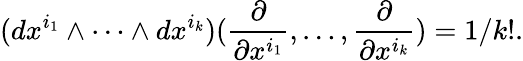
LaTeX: (dx^{i_{1}}\wedge\cdots\wedge dx^{i_{k}})({\frac{\partial}{\partial x^{i_{1}}}},\ldots,{\frac{\partial}{\partial x^{i_{k}}}})=1/k!.